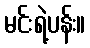
မင်းရဲ့ပန်း။